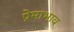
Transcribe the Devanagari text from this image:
प्रेमाभाव